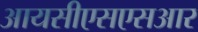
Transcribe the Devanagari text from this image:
आयसीएसएसआर